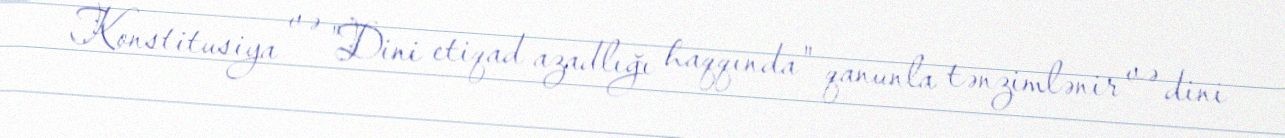
Konstitusiya və "Dini etiqad azadlığı haqqında" qanunla tənzimlənir və dini